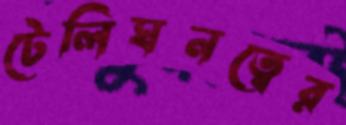
টেলিঘনত্বের